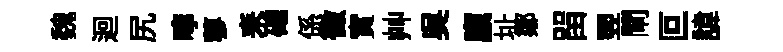
魏迴尻嚀蓼耒確係徵實艸吳廪址鄒㽞翌閘叵諱